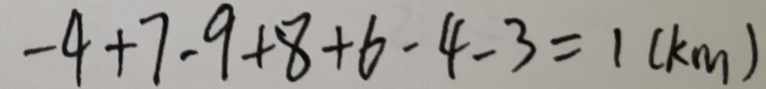
- 4 + 7 - 9 + 8 + 6 - 4 - 3 = 1 ( k m )